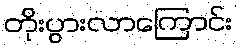
တိုးပွားလာကြောင်း